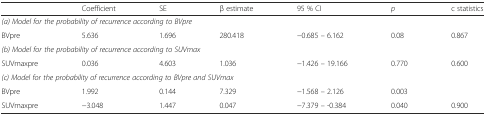
|  | Coefficient | SE | β estimate | 95 % CI | p | c statistics |
 | --- | --- | --- | --- | --- | --- | --- |
 | <COLSPAN=7> (a) Model for the probability of recurrence according to BVpre |
 | BVpre | 5.636 | 1.696 | 280.418 | −0.685 – 6.162 | 0.08 | 0.867 |
 | <COLSPAN=7> (b) Model for the probability of recurrence according to SUVmax |
 | SUVmaxpre | 0.036 | 4.603 | 1.036 | −1.426 – 19.166 | 0.770 | 0.600 |
 | <COLSPAN=7> (c) Model for the probability of recurrence according to BVpre and SUVmax |
 | BVpre | 1.992 | 0.144 | 7.329 | −1.568 – 2.126 | 0.003 |  |
 | SUVmaxpre | −3.048 | 1.447 | 0.047 | −7.379 – -0.384 | 0.040 | 0.900 |